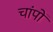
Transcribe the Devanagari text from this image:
चांपों